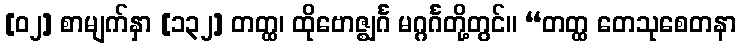
[၀၂] စာမျက်နှာ [၁၃၂] တတ္ထ၊ ထိုဗောဇ္ဈင်္ဂ မဂ္ဂင်္ဂတို့တွင်။ “တတ္ထ တေသုစေတနာ